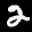
Label: 2